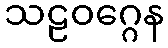
သဠဝဂ္ဂေန